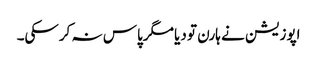
اپوزیشن نے ہارن تو دیا مگرپاس نہ کرسکی۔